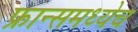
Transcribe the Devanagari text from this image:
फ्रान्समध्येच